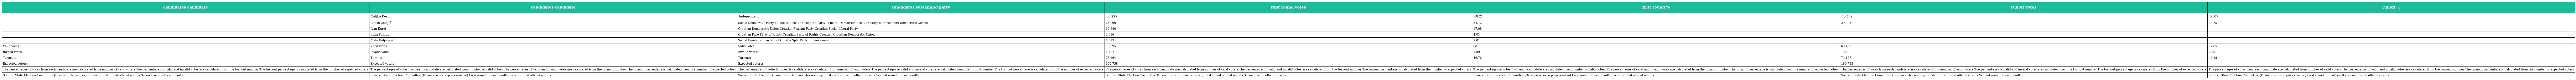
| candidates candidate | candidates candidate | candidates sustaining party | first round votes | first round % | runoff votes | runoff % |
 | --- | --- | --- | --- | --- | --- | --- |
 |  | Željko Kerum | Independent | 30,227 | 40.21 | 40,479 | 56.87 |
 |  | Ranko Ostojić | Social Democratic Party of Croatia Croatian People's Party - Liberal Democrats Croatian Party of Pensioners Democratic Centre | 26,099 | 34.72 | 29,003 | 40.75 |
 |  | Ivan Kuret | Croatian Democratic Union Croatian Peasant Party Croatian Social Liberal Party | 12,840 | 17.08 |  |  |
 |  | Luka Podrug | Croatian Pure Party of Rights Croatian Party of Rights Croatian Christian Democratic Union | 3,016 | 4.01 |  |  |
 |  | Mate Buljubašić | Social Democratic Action of Croatia Split Party of Pensioners | 1,513 | 2.01 |  |  |
 | Valid votes: | Valid votes: | Valid votes: | 73,695 | 98.11 | 69,482 | 97.65 |
 | Invalid votes: | Invalid votes: | Invalid votes: | 1,422 | 1.89 | 1,669 | 2.35 |
 | Turnout: | Turnout: | Turnout: | 75,164 | 46.76 | 71,177 | 44.28 |
 | Expected voters: | Expected voters: | Expected voters: | 160,738 |  | 160,753 |  |
 | The percentages of votes from each candidate are calculated from number of valid voters The percentages of valid and invalid votes are calculated from the turnout number The turnout percentage is calculated from the number of expected voters | The percentages of votes from each candidate are calculated from number of valid voters The percentages of valid and invalid votes are calculated from the turnout number The turnout percentage is calculated from the number of expected voters | The percentages of votes from each candidate are calculated from number of valid voters The percentages of valid and invalid votes are calculated from the turnout number The turnout percentage is calculated from the number of expected voters | The percentages of votes from each candidate are calculated from number of valid voters The percentages of valid and invalid votes are calculated from the turnout number The turnout percentage is calculated from the number of expected voters | The percentages of votes from each candidate are calculated from number of valid voters The percentages of valid and invalid votes are calculated from the turnout number The turnout percentage is calculated from the number of expected voters | The percentages of votes from each candidate are calculated from number of valid voters The percentages of valid and invalid votes are calculated from the turnout number The turnout percentage is calculated from the number of expected voters | The percentages of votes from each candidate are calculated from number of valid voters The percentages of valid and invalid votes are calculated from the turnout number The turnout percentage is calculated from the number of expected voters |
 | Source: State Election Committee (Državno izborno povjerenstvo) First round official results Second round official results | Source: State Election Committee (Državno izborno povjerenstvo) First round official results Second round official results | Source: State Election Committee (Državno izborno povjerenstvo) First round official results Second round official results | Source: State Election Committee (Državno izborno povjerenstvo) First round official results Second round official results | Source: State Election Committee (Državno izborno povjerenstvo) First round official results Second round official results | Source: State Election Committee (Državno izborno povjerenstvo) First round official results Second round official results | Source: State Election Committee (Državno izborno povjerenstvo) First round official results Second round official results |